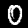
Digit: 0